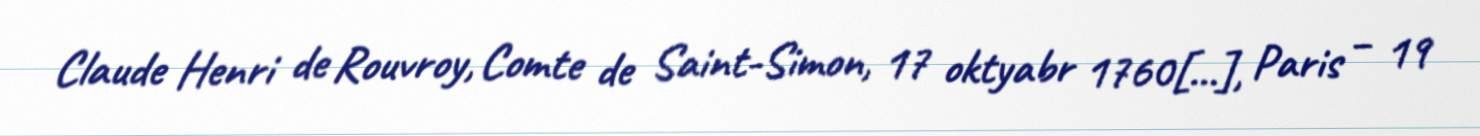
Claude Henri de Rouvroy, Comte de Saint-Simon, 17 oktyabr 1760[…], Paris – 19